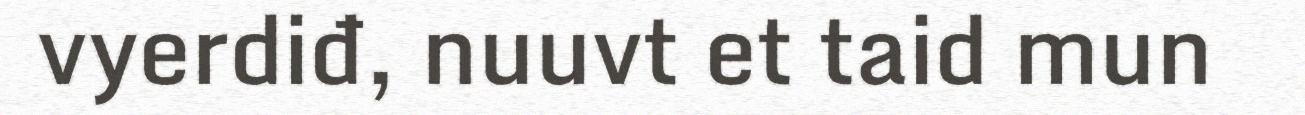
vyerdiđ, nuuvt et taid mun